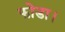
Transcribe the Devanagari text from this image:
फोडा।